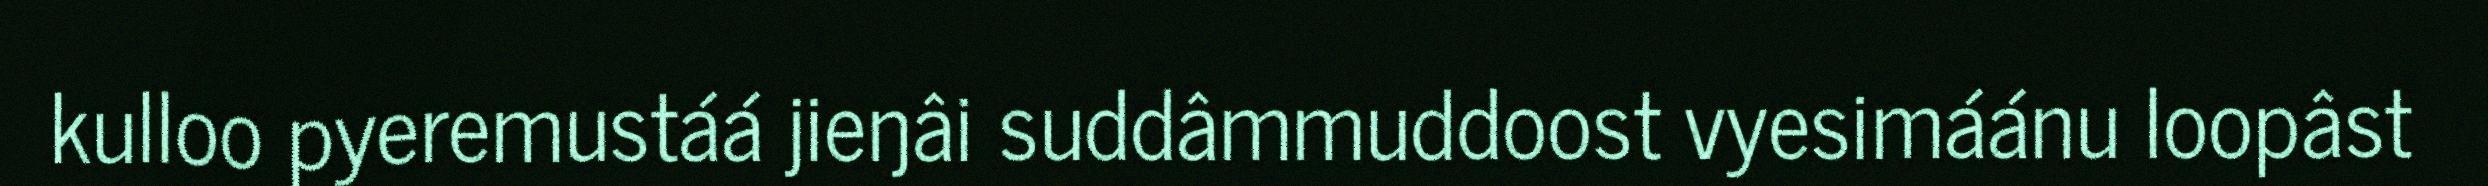
kulloo pyeremustáá jieŋâi suddâmmuddoost vyesimáánu loopâst